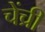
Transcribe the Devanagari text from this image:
चेंच्री